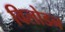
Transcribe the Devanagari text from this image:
विलोडन